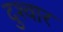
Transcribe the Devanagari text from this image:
दुश्‍वार